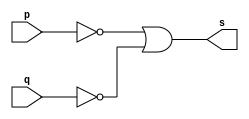
// ------------------------- 
// Exercicio0004 - NAND 
// Nome: Gabriel Luiz M. G. Vieira 
// ------------------------- 
// ------------------------- 
// -- nand gate 
// ------------------------- 
module andgate ( output s, 
input p, 
input q); 
assign s = ~p | ~q; 
endmodule // nandgate 
// --------------------- 
// -- test nand gate 
// --------------------- 
module testnandgate; 
// ------------------------- dados locais 
reg a, b; // definir registradores 
wire s; // definir conexao (fio) 
// ------------------------- instancia 
andgate NAND1 (s, a, b); 
// ------------------------- preparacao 
initial begin:start 
// atribuicao simultanea 
// dos valores iniciais 
a=0; b=0; 
end 
// ------------------------- parte principal 
initial begin 
$display("Exercicio0004 - Gabriel Luiz M. G. Vieira - 441691"); 
$display("Test NAND gate"); 
$display("\n~a | ~b = s\n"); 
$monitor("~%b | ~%b = %b", a, b, s); 
#1a=0; b=0;  
#1a=0; b=1; 
#1a=1; b=0; 
#1a=1; b=1; 
end
endmodule // testandgate